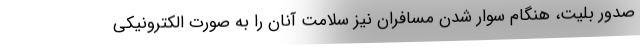
صدور بلیت، هنگام سوار شدن مسافران نیز سلامت آنان را به صورت الکترونیکی